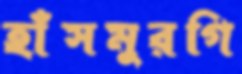
হাঁসমুরগি